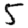
Digit: 5